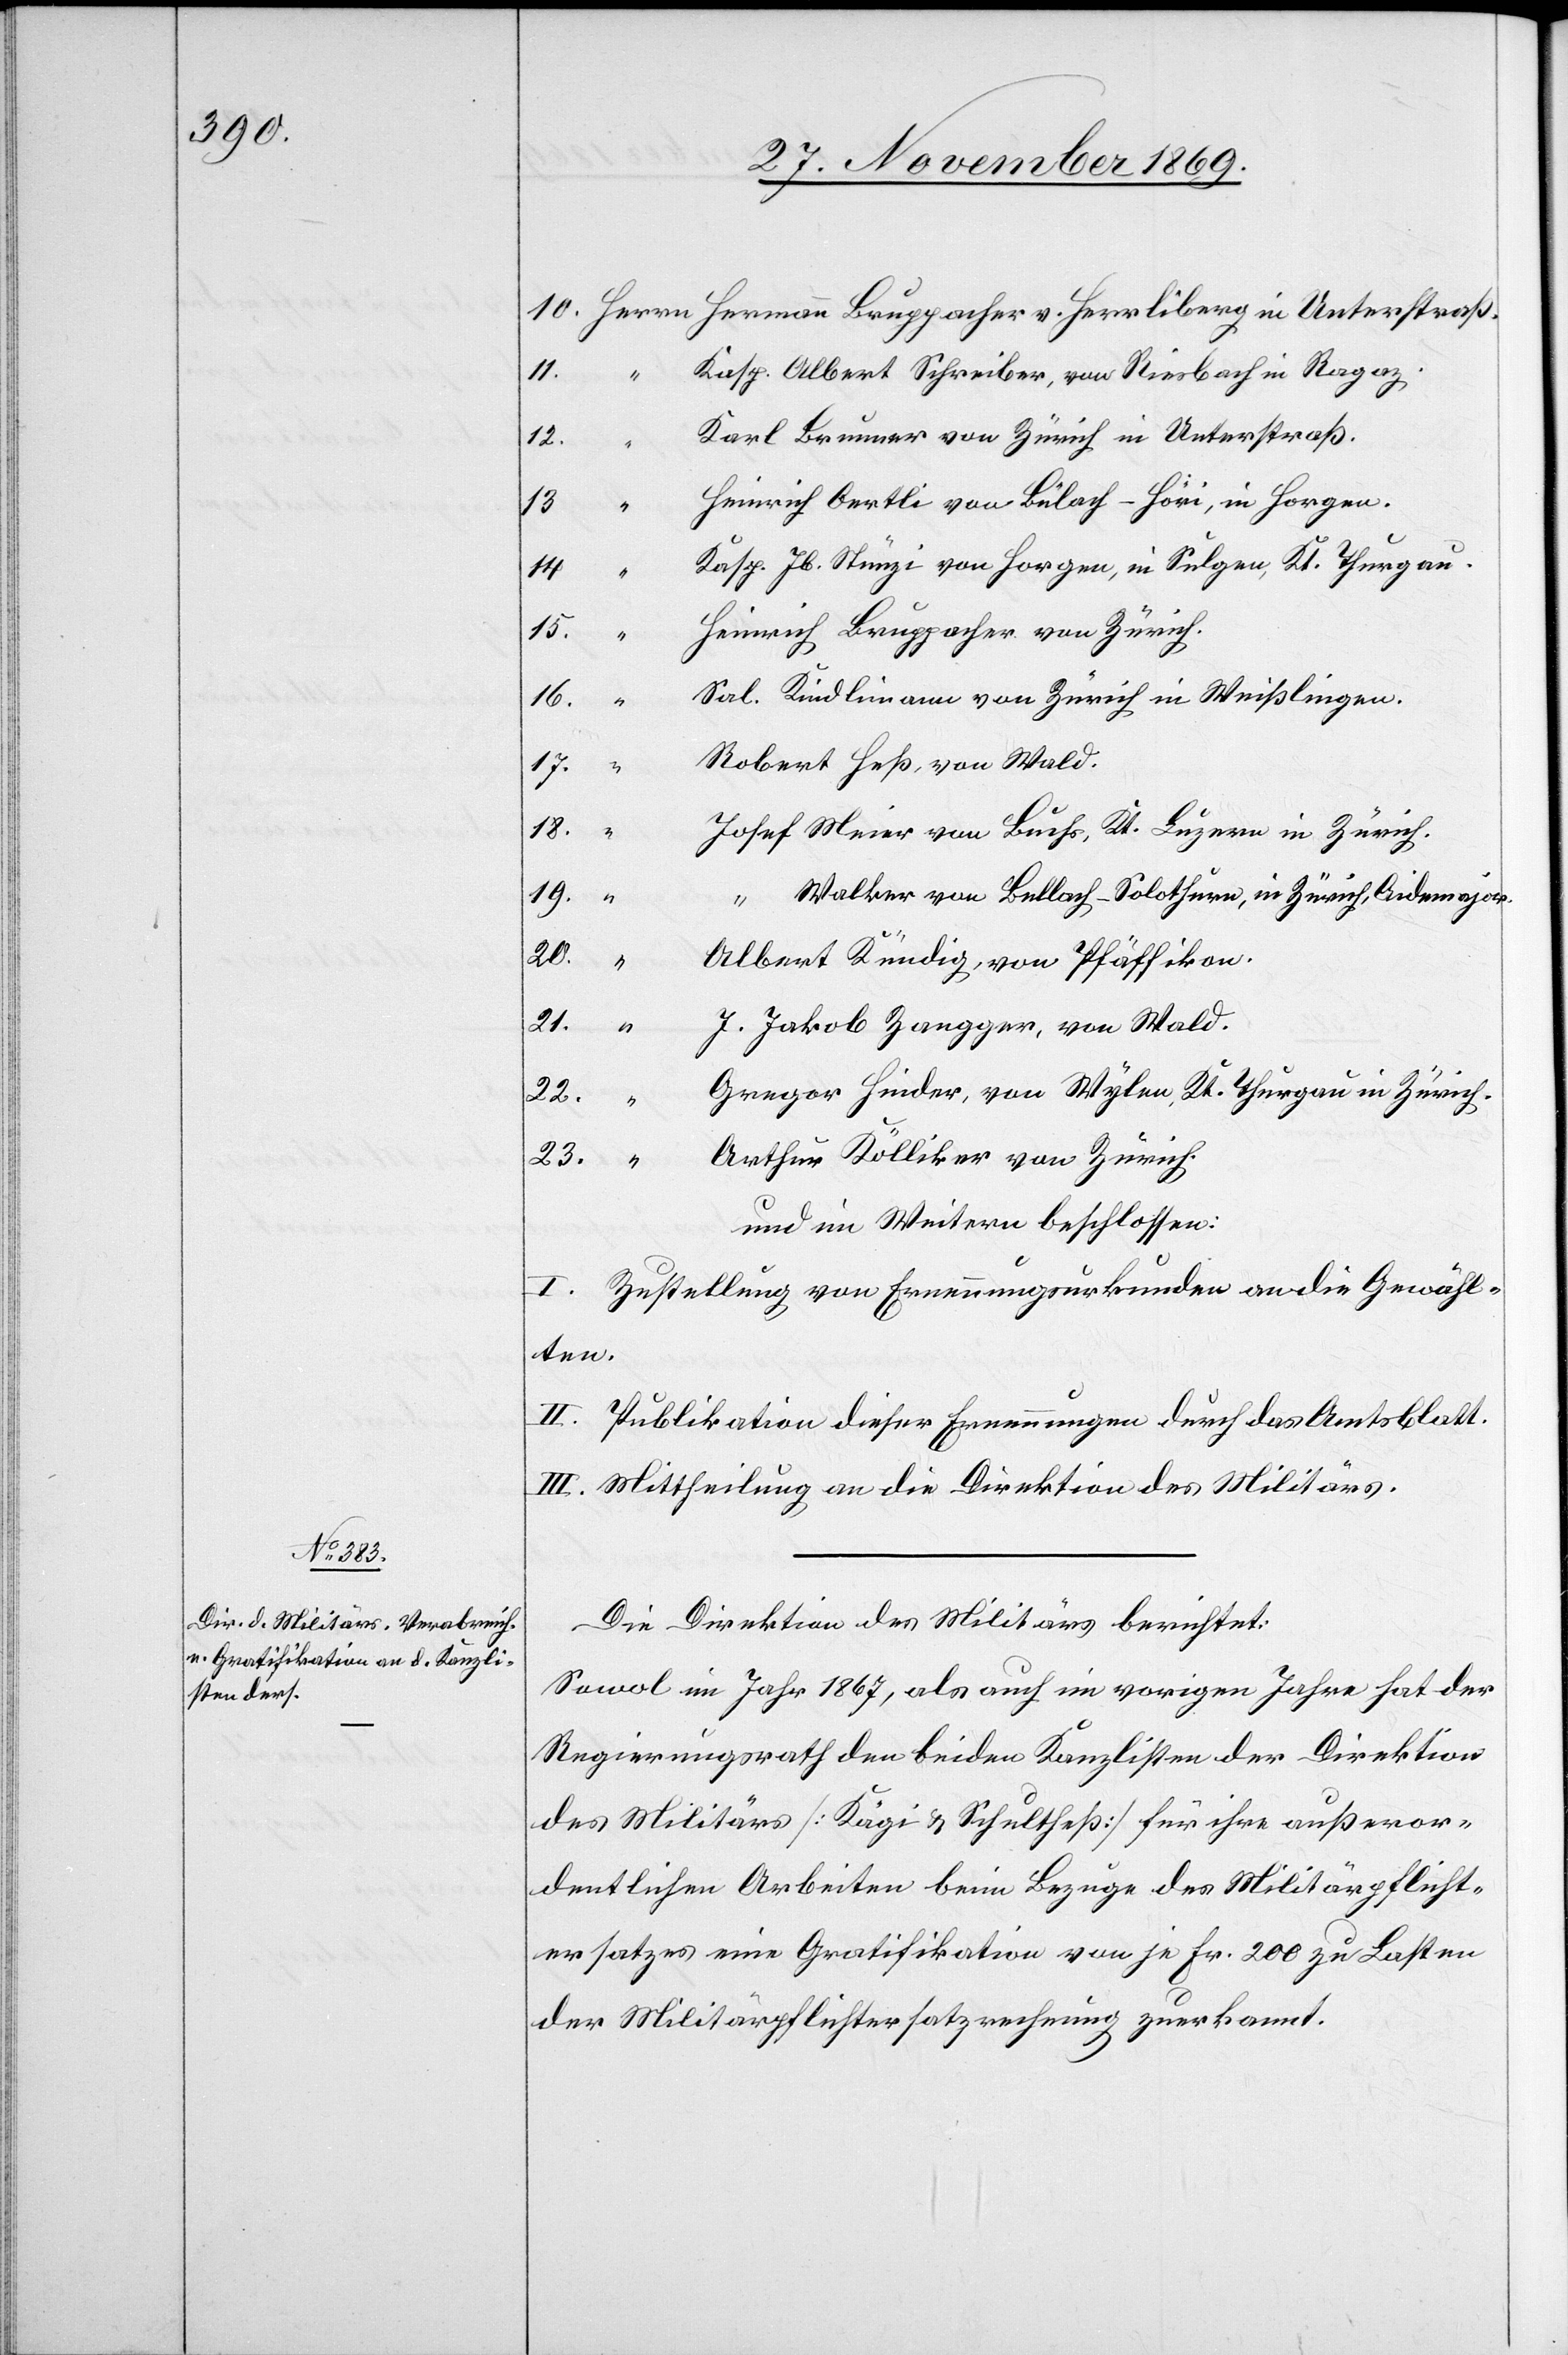
Herrli¬

Kasp. Albert Schreiber, von Riesbach in Ragaz.
Karl Brunner von Zürich in Unterstraß.
13.
Heinrich Oertli von Bülach - Höri, in Horgen.
14.
Kasp. Jb. Stünzi von Horgen, in Sulgen, Kt. Thurgau.
Heinrich Bruppacher von Zürich.
15.
Sal. Kindlimann von Zürich in Weißlingen.
16.
Robert Heß, von Wald.
17.
in
18.
Josef Meier von Buchs, Kt. Luzern in Zürich.
19.
“ Walker von Bellach - Solothurn, in Zürich, Aidemajor.
20.
“
Albert Kündig, von Pfäffikon.
“
21.
J. Jakob Zangger, von Wald.
Gregor Hinder, von Wylen, Kt. Thurgau in Zürich.
23.
berg
Arthur Kölliker von Zürich.
und im Weitern beschlossen:
I. Zustellung von Ernennungsurkunden an die Gewähl¬
ten.
II. Publikation dieser Ernennungen durch das Amtsblatt.
III. Mittheilung an die Direktion des Militärs.
Die Direktion des Militärs berichtet:
Sowol im Jahr 1867, als auch im vorigen Jahre hat der
Regierungsrath den beiden Kanzlisten der Direktion
des Militärs [Kägi & Schultheß] für ihre außeror¬
dentlichen Arbeiten beim Bezuge des Militärpflicht¬
ersatzes eine Gratifikation von je Fr. 200 zu Lasten
der Militärpflichtersatzrechnung zuerkannt.